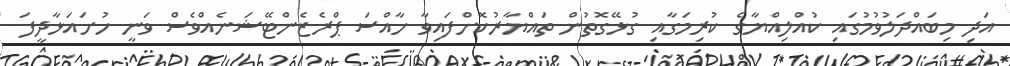
އަދި މިބައްދަލުވުމުގައި ކުއްލިއްޔާގެ ކުރިމަގާއި ގުޅޭގޮތުން ތައްޔާރުކޮށްފައިވާ ހާއްސަ ޕްރެޒެންޓޭޝަނެއްވެސް ވަނީ ހުށައަޅާދީފަ